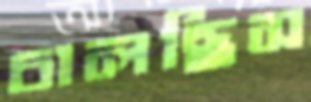
চালছিস